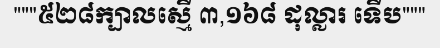
"""៥២៨ក្បាលស្មើ ៣,១៦៨ ដុល្លារ ទើប"""